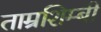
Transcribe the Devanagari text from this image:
ताम्रशिम्बी